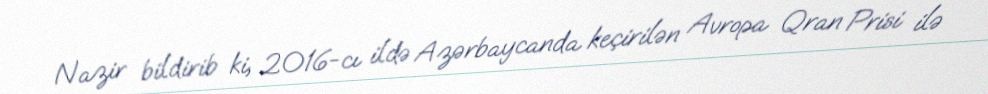
Nazir bildirib ki, 2016-cı ildə Azərbaycanda keçirilən Avropa Qran Prisi ilə